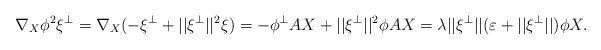
LaTeX: \begin{align*}\nabla_X\phi^2\xi^\perp=\nabla_X(-\xi^\perp+||\xi^\perp||^2\xi)=-\phi^\perp AX+||\xi^\perp||^2\phi AX=\lambda||\xi^\perp||(\varepsilon+||\xi^\perp||)\phi X.\end{align*}